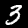
Label: 3